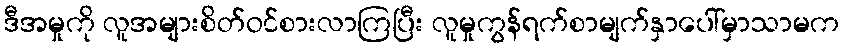
ဒီအမှုကို လူအများစိတ်ဝင်စားလာကြပြီး လူမှုကွန်ရက်စာမျက်နှာပေါ်မှာသာမက